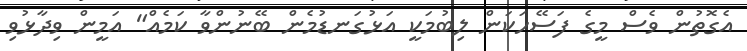
އެގޮތުން ވެސް މީގެ ފަސޭހަކަން ލިބުމަކީ އަޅުގަނޑުމެން ބޭނުންވާ ކަމެއް" އަމީން ވިދާޅުވި